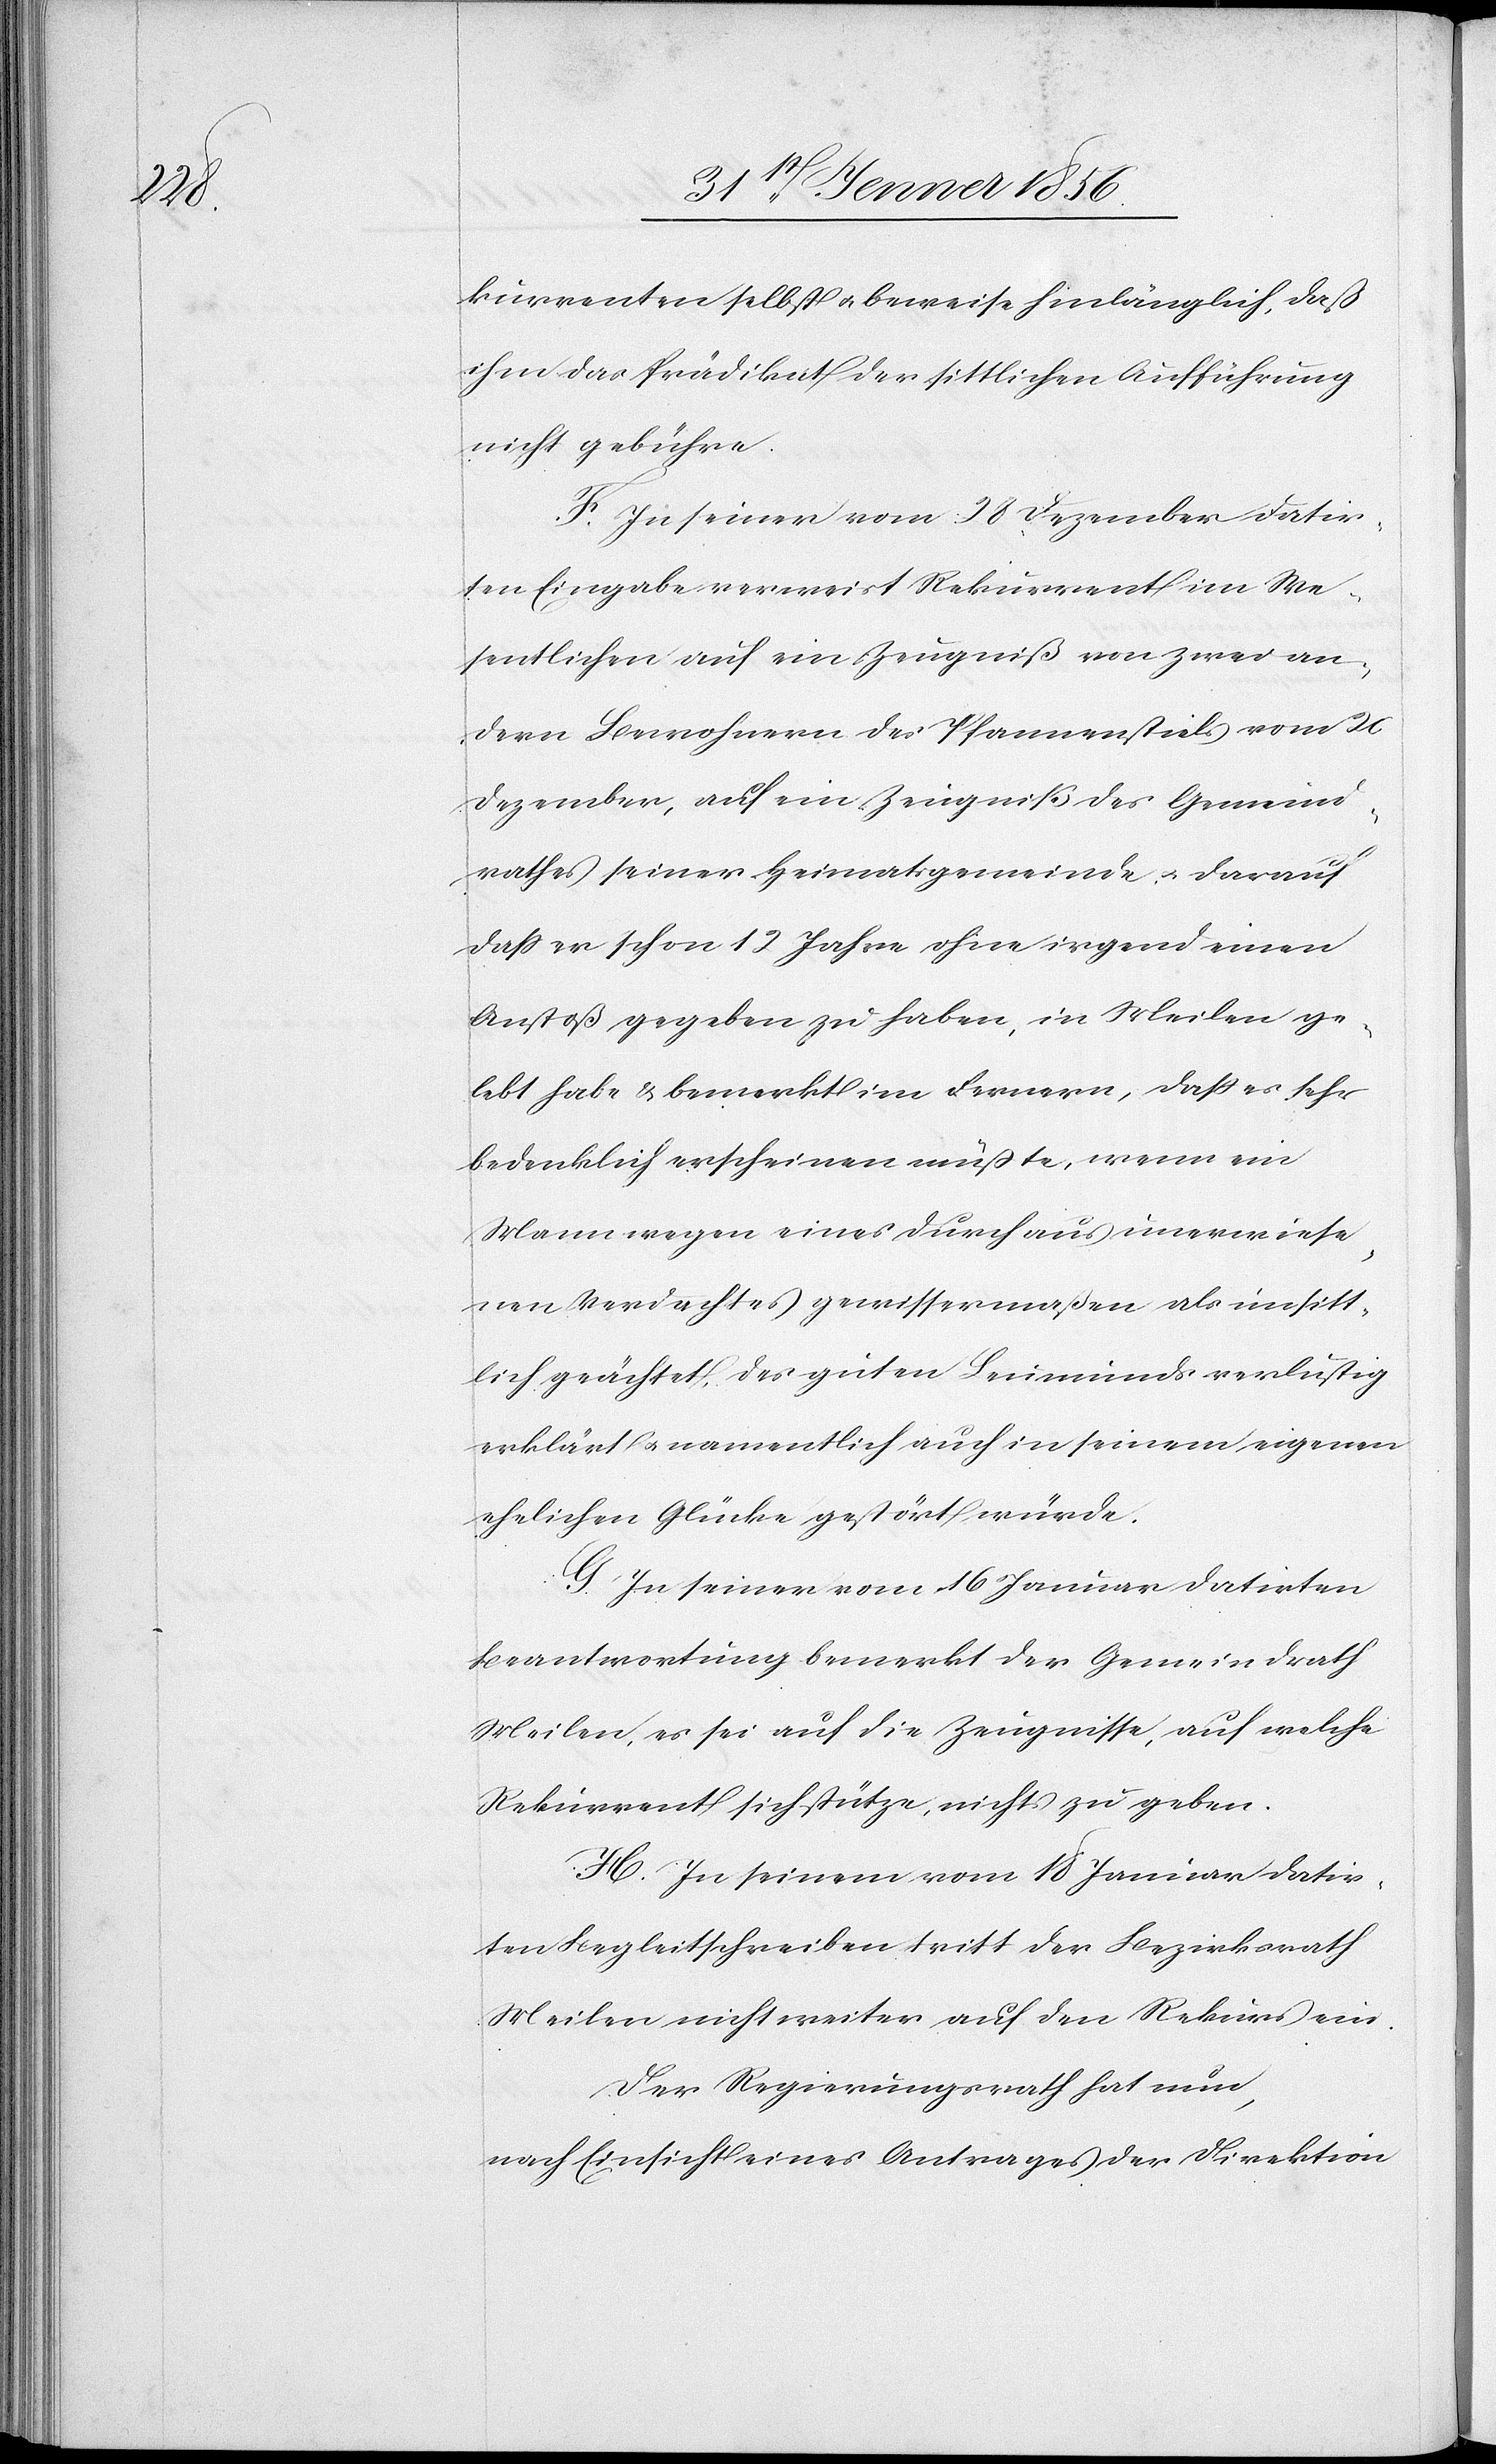
kurrenten selbst u. beweise hinlänglich, daß
ihm das Prädikat der sittlichen Aufführung
nicht gebühre.[“]
F. In seiner vom 28 Dezember datir¬
ten Eingabe verweist Rekurrent im We¬
sentlichen auf ein Zeugniß von zwei an¬
dern Bewohnern des Pfannenstiels vom 2[?6]
Dezember, auf ein Zeugniß des Gemeind¬
rathes seiner Heimatsgemeinde, u. darauf
daß er schon 12 Jahre ohne irgend einen
Anstoß gegeben zu haben, in Meilen ge¬
lebt habe & bemerkt im Fernern, daß es sehr
bedenklich erscheinen müßte, wenn ein
Mann wegen eines durchaus unerwiese¬
nen Verdachtes gewissermaßen als unsitt¬
lich geächtet, des guten Leumunds verlustig
erklärt u. namentlich auch in seinem eigenen
ehelichen Glücke gestört würde.
G. In seiner vom 16 Januar datirten
Beantwortung bemerkt der Gemeindrath
Meilen, es sei auf die Zeugnisse, auf welche
Rekurrent sich stütze, nichts zu geben.
H. In seinem vom 18 Januar datir¬
ten Begleitschreiben tritt der Bezirksrath
Meilen nicht weiter auf den Rekurs ein.
Der Regierungsrath hat nun,
nach Einsicht eines Antrages der Direktion